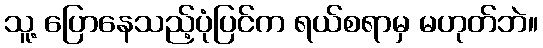
သူ့ ပြောနေသည့်ပုံပြင်က ရယ်စရာမှ မဟုတ်ဘဲ။